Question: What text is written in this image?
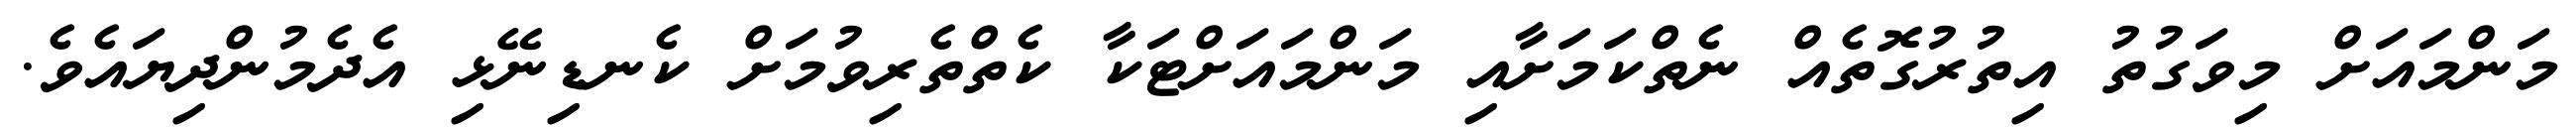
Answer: މަންމައަށް މިވަގުތު އިތުރުގޮތެއް ނެތްކަމަށާއި މަންމައަށްޓަކާ ކެތްތެރިވުމަށް ކެނޑިނޭޅި އެދެމުންދިޔައެވެ.